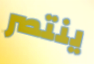
ينتصر